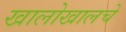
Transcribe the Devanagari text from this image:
खालोखालचे